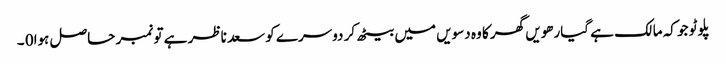
پلوٹو جو کہ مالک ہے گیارھویں گھر کا وہ دسویں میں بیٹھ کر دوسرے کو سعد ناظر ہے تو نمبر حاصل ہوا0 ۔